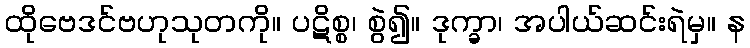
ထိုဗေဒင်ဗဟုသုတကို။ ပဋိစ္စ၊ စွဲ၍။ ဒုက္ခာ၊ အပါယ်ဆင်းရဲမှ။ န